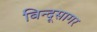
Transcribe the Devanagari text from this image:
बिन्दूसागर